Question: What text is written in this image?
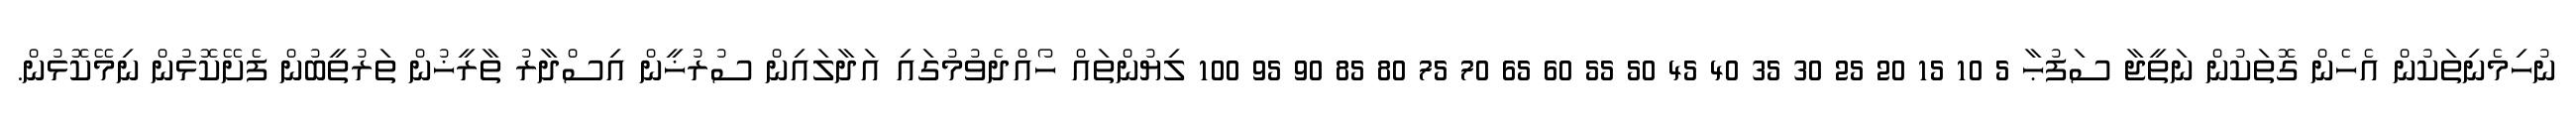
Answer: ނުހިމެނިތަކުން އެހެން ގޮތަކުން ނަތީޖާ ސަފުޙާ 5 10 15 20 25 30 35 40 45 50 55 60 65 70 75 80 85 90 95 100 ލިޔުންތައް ހޯއްދެވުމުގައި އަދާލައިން ސުރުޚީން އިސްދާރު ތާރީޚުން ތަރުތީބުން ފެށޭކޮޅުން ނިމޭކޮޅުން.